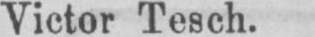
Victor Tesch.